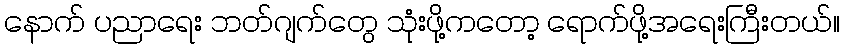
နောက် ပညာရေး ဘတ်ဂျက်တွေ သုံးဖို့ကတော့ ရောက်ဖို့အရေးကြီးတယ်။